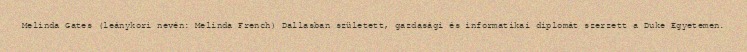
Melinda Gates (leánykori nevén: Melinda French) Dallasban született, gazdasági és informatikai diplomát szerzett a Duke Egyetemen.